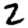
Digit: 2